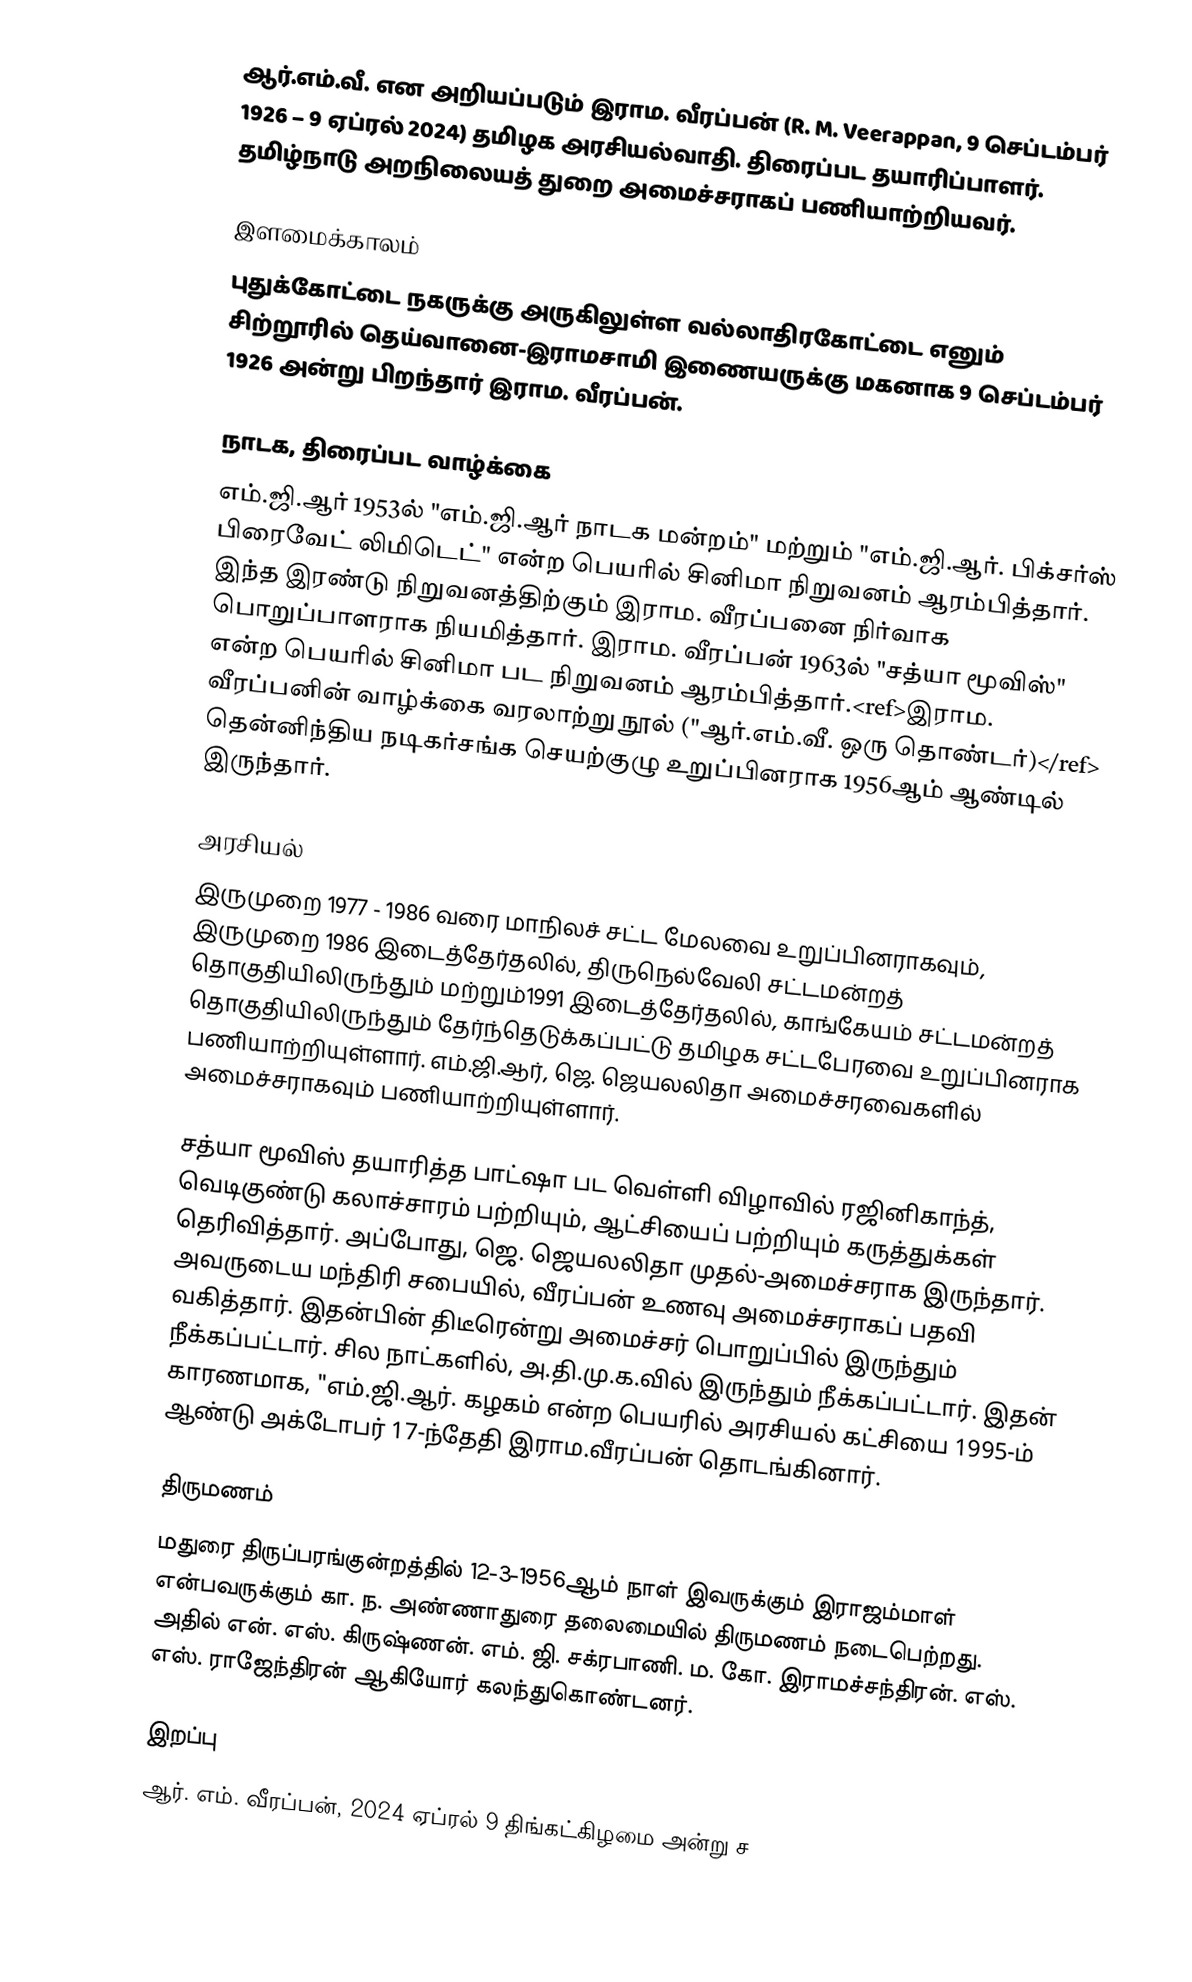
ஆர்.எம்.வீ. என அறியப்படும் இராம. வீரப்பன் (R. M. Veerappan, 9 செப்டம்பர் 1926 – 9 ஏப்ரல் 2024) தமிழக அரசியல்வாதி. திரைப்பட தயாரிப்பாளர். தமிழ்நாடு அறநிலையத் துறை அமைச்சராகப் பணியாற்றியவர்.

இளமைக்காலம்
புதுக்கோட்டை நகருக்கு அருகிலுள்ள வல்லாதிரகோட்டை எனும் சிற்றூரில் தெய்வானை-இராமசாமி இணையருக்கு மகனாக 9 செப்டம்பர் 1926 அன்று பிறந்தார் இராம. வீரப்பன்.

நாடக, திரைப்பட வாழ்க்கை
எம்.ஜி.ஆர் 1953ல் "எம்.ஜி.ஆர் நாடக மன்றம்" மற்றும் "எம்.ஜி.ஆர். பிக்சர்ஸ் பிரைவேட் லிமிடெட்" என்ற பெயரில் சினிமா  நிறுவனம் ஆரம்பித்தார். இந்த இரண்டு நிறுவனத்திற்கும் இராம. வீரப்பனை நிர்வாக பொறுப்பாளராக நியமித்தார். இராம. வீரப்பன் 1963ல் "சத்யா மூவிஸ்" என்ற பெயரில் சினிமா பட நிறுவனம் ஆரம்பித்தார்.<ref>இராம. வீரப்பனின் வாழ்க்கை வரலாற்று நூல் ("ஆர்.எம்.வீ. ஒரு தொண்டர்)</ref> தென்னிந்திய நடிகர்சங்க செயற்குழு உறுப்பினராக 1956ஆம் ஆண்டில் இருந்தார்.

 அரசியல்
இருமுறை 1977 - 1986 வரை மாநிலச் சட்ட மேலவை உறுப்பினராகவும், இருமுறை 1986 இடைத்தேர்தலில், திருநெல்வேலி சட்டமன்றத் தொகுதியிலிருந்தும் மற்றும்1991 இடைத்தேர்தலில், காங்கேயம் சட்டமன்றத் தொகுதியிலிருந்தும் தேர்ந்தெடுக்கப்பட்டு தமிழக சட்டபேரவை உறுப்பினராக பணியாற்றியுள்ளார். எம்.ஜி.ஆர், ஜெ. ஜெயலலிதா அமைச்சரவைகளில்  அமைச்சராகவும்  பணியாற்றியுள்ளார்.

சத்யா மூவிஸ் தயாரித்த பாட்ஷா பட வெள்ளி விழாவில் ரஜினிகாந்த், வெடிகுண்டு கலாச்சாரம் பற்றியும், ஆட்சியைப் பற்றியும்  கருத்துக்கள் தெரிவித்தார். அப்போது, ஜெ. ஜெயலலிதா முதல்-அமைச்சராக இருந்தார். அவருடைய மந்திரி சபையில், வீரப்பன் உணவு அமைச்சராகப் பதவி வகித்தார். இதன்பின் திடீரென்று அமைச்சர் பொறுப்பில் இருந்தும் நீக்கப்பட்டார். சில நாட்களில், அ.தி.மு.க.வில் இருந்தும் நீக்கப்பட்டார். இதன் காரணமாக, "எம்.ஜி.ஆர். கழகம் என்ற பெயரில் அரசியல் கட்சியை 1995-ம் ஆண்டு அக்டோபர் 17-ந்தேதி இராம.வீரப்பன் தொடங்கினார்.

திருமணம்
மதுரை திருப்பரங்குன்றத்தில் 12-3-1956ஆம் நாள் இவருக்கும் இராஜம்மாள் என்பவருக்கும் கா. ந. அண்ணாதுரை தலைமையில் திருமணம் நடைபெற்றது. அதில் என். எஸ். கிருஷ்ணன். எம். ஜி. சக்ரபாணி. ம. கோ. இராமச்சந்திரன். எஸ். எஸ். ராஜேந்திரன் ஆகியோர் கலந்துகொண்டனர்.

இறப்பு
ஆர். எம். வீரப்பன், 2024 ஏப்ரல் 9 திங்கட்கிழமை அன்று ச